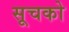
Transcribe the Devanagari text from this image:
सूचको